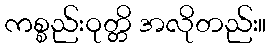
ကစ္စည်းဝုတ္တိ အလိုတည်း။